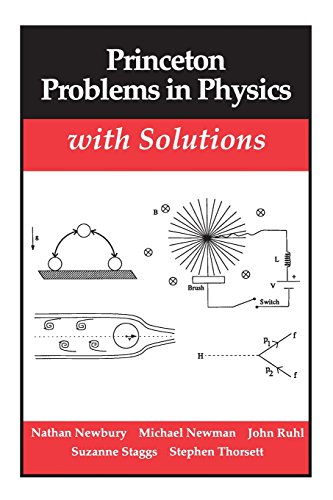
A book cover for Princeton Problems in Physics with Solutions; Nathan Newbury; Science & Math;